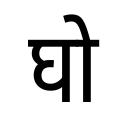
OCR:
घो